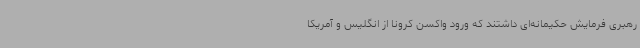
رهبری فرمایش حکیمانه‌ای داشتند که ورود واکسن کرونا از انگلیس و آمریکا